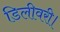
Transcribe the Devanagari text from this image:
डिलीवरी।